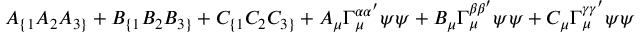
A _ { \{ 1 } A _ { 2 } A _ { 3 \} } + B _ { \{ 1 } B _ { 2 } B _ { 3 \} } + C _ { \{ 1 } C _ { 2 } C _ { 3 \} } + A _ { \mu } \Gamma _ { \mu } ^ { \alpha \alpha ^ { \prime } } \psi \psi + B _ { \mu } \Gamma _ { \mu } ^ { \beta \beta ^ { \prime } } \psi \psi + C _ { \mu } \Gamma _ { \mu } ^ { \gamma \gamma ^ { \prime } } \psi \psi